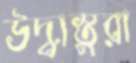
উদ্বাস্তুরা